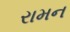
રામન